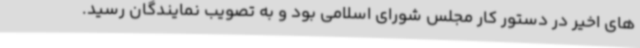
های اخیر در دستور کار مجلس شورای اسلامی بود و به تصویب نمایندگان رسید.